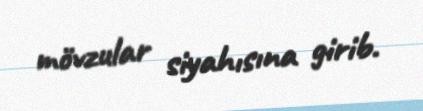
mövzular siyahısına girib.